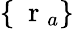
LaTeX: \{ \mathrm{~\mathbf~r~}_{a}\}